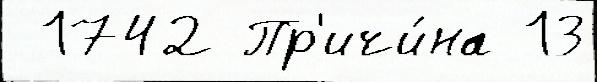
 1742 Пр'ичи́на 13